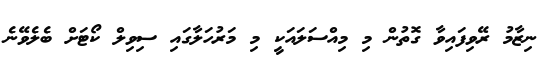
ނިޒާމު ރޭވިފައިިވާ ގޮތުން މި މިއްސަލައަކީ މި މަރުހަލާގައި ސިވިލް ކޯޓަށް ބެލެވޭނެ